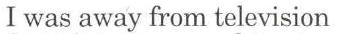
I was away from television.